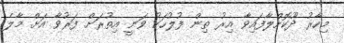
މިހާރު ދޫކޮށްލާފައިވާ އިރު ތިން ފުލުހަކު ވަނީ އިތުރަށް ފަރުވާ އަށް މާލެ